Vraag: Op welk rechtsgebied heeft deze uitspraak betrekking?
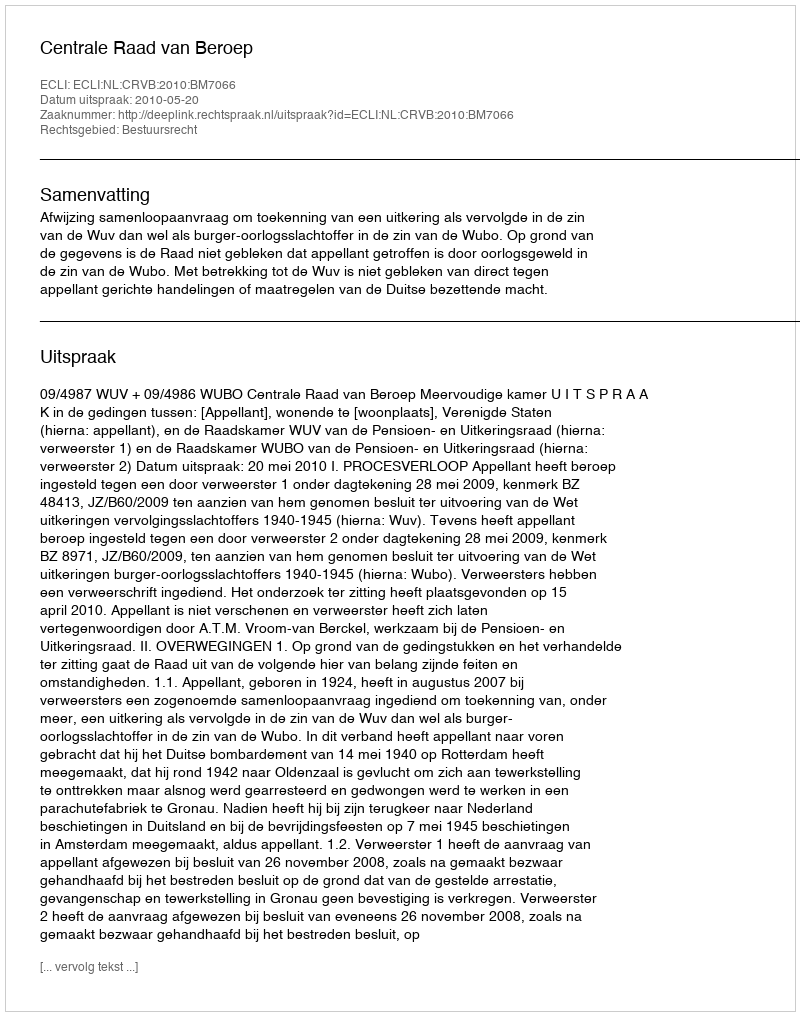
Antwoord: Bestuursrecht